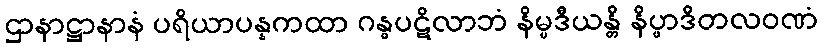
ဌာနာဋ္ဌာနာနံ ပရိယာပန္နကထာ ဂန္ဓပဋိလာဘံ နိမ္မဒီယန္တိ နိပ္ဖာဒိတလဝဏံ